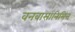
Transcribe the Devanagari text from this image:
वनवासानिमित्त